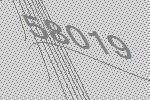
58019